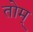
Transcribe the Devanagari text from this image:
तोम्